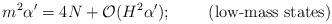
LaTeX: \begin{align*}m^2\alpha'=4N+{\cal O}(H^2\alpha');\;\;\;\;\;\;\;\;\mbox{(low-mass states)}\end{align*}